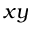
x y